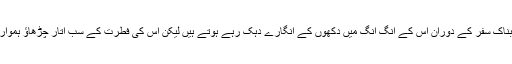
اگرچہ اس کربناک سفر کے دوران اس کے انگ انگ میں دکھوں کے انگارے دہک رہے ہوتے ہیں لیکن اس کی فطرت کے سب اتار چڑھاؤ ہموار ہو جاتے ہیں۔